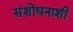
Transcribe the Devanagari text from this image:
संशोधनाशी